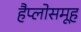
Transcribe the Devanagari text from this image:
हैप्लोसमूह